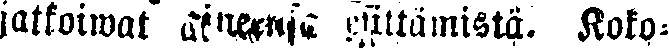
jatkoiwat aiheensa esittämistä. Koko-